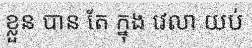
ខ្លួន បាន តែ ក្នុង វេលា យប់